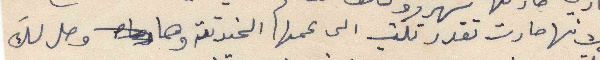
لانها صارت تقدر تكتب الى عمها الحنونة وها وصل لكَ